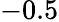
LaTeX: -0.5